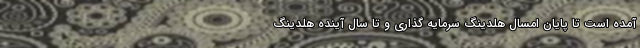
آمده است تا پایان امسال هلدینگ سرمایه گذاری و تا سال آینده هلدینگ